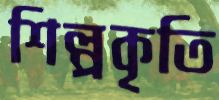
শিল্পকৃতি